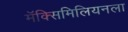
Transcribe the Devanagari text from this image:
मॅक्सिमिलियनला